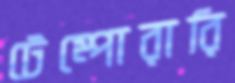
টেম্পোরারি